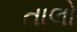
તાલો